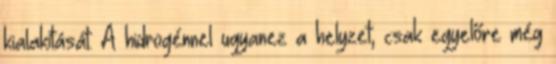
kialakítását. A hidrogénnel ugyanez a helyzet, csak egyelőre még